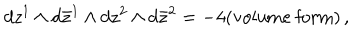
LaTeX: d z ^ { 1 } \wedge d \bar { z } ^ { 1 } \wedge d z ^ { 2 } \wedge d \bar { z } ^ { 2 } = - 4 ( \textrm { v o l u m e f o r m } ) \, ,